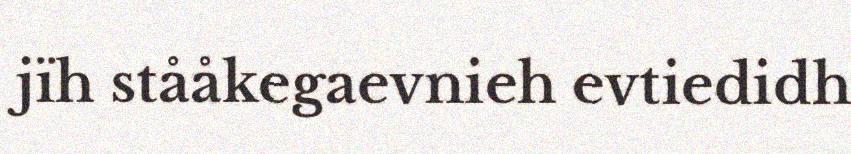
jïh stååkegaevnieh evtiedidh